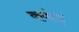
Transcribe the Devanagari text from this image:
ककंड़